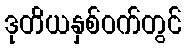
ဒုတိယနှစ်ဝက်တွင်